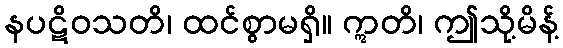
နပဋိဝသတိ၊ ထင်စွာမရှိ။ ဣတိ၊ ဤသို့မိန့်